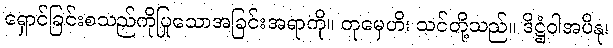
ရှောင်ခြင်းစသည်ကိုပြုသောအခြင်းအရာကို။ တုမှေဟိ၊ သင်တို့သည်။ ဒိဋ္ဌံဝါအပိနု၊